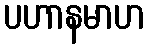
ပဟာနမာဟ